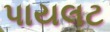
પાયલટ